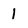
Character: 1